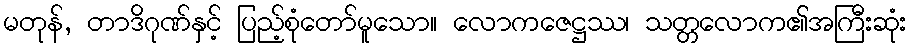
မတုန်, တာဒိဂုဏ်နှင့် ပြည့်စုံတော်မူသော။ လောကဇေဋ္ဌဿ၊ သတ္တလောက၏အကြီးဆုံး